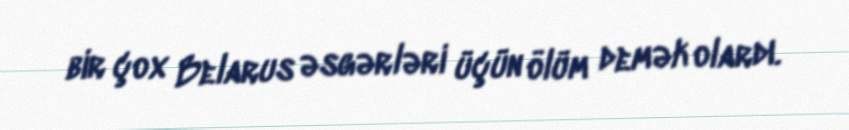
bir çox Belarus əsgərləri üçün ölüm demək olardı.